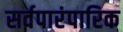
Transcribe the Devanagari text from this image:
सर्वपारंपारिक